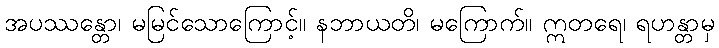
အပဿန္တော၊ မမြင်သောကြောင့်။ နဘာယတိ၊ မကြောက်။ ဣတရေ၊ ရဟန္တာမှ